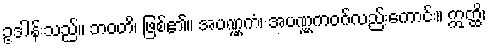
ဥဒါန်းသည်။ ဘဝတိ၊ ဖြစ်၏။ အပဏ္ဏကံ၊ အပဏ္ဏကဝဂ်လည်းကောင်း။ ဣတ္ထိ၊